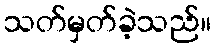
သတ်မှတ်ခဲ့သည်။